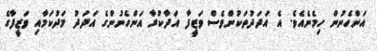
އަންހެނުން ހިމެނެއެވެ. އެ އަދަދުތަކުންވެސް ވަޒީފާ އަދާކުރާ އަންހެނުންގެ އަދަދު މަދުކަމާއި ވަޒީފާގެ